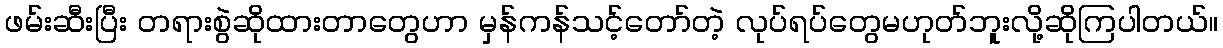
ဖမ်းဆီးပြီး တရားစွဲဆိုထားတာတွေဟာ မှန်ကန်သင့်တော်တဲ့ လုပ်ရပ်တွေမဟုတ်ဘူးလို့ဆိုကြပါတယ်။